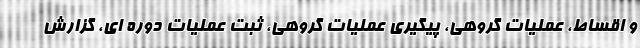
و اقساط، عملیات گروهی، پیگیری عملیات گروهی، ثبت عملیات دوره ای، گزارش